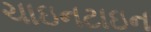
ચાઇનટાઇન